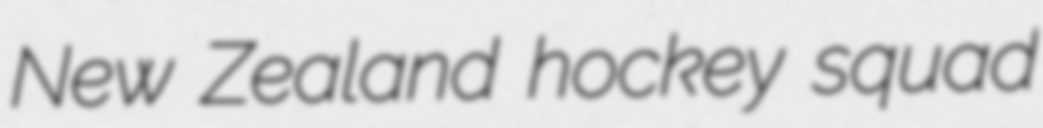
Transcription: New Zealand hockey squad